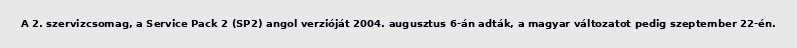
A 2. szervizcsomag, a Service Pack 2 (SP2) angol verzióját 2004. augusztus 6-án adták, a magyar változatot pedig szeptember 22-én.